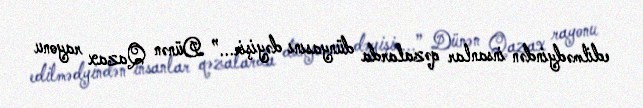
edilmədyindən insanlar qəzalarda dünyasını dəyişir...” Dünən Qazax rayonu